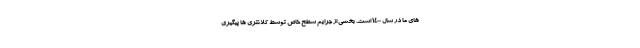
های ما در سال ۱۴۰۰ است. بخشی از جرایم سطح خاص توسط کلانتری ها پیگیری